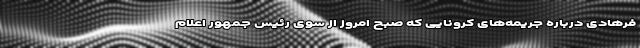
فرهادی درباره جریمه‌های کرونایی که صبح امروز از سوی رئیس جمهور اعلام